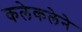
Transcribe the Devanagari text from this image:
कलेकलेने